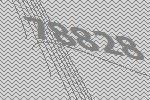
78828